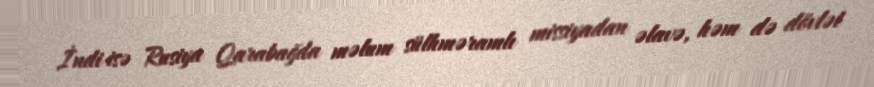
İndi isə Rusiya Qarabağda məlum sülhməramlı missiyadan əlavə, həm də dövlət